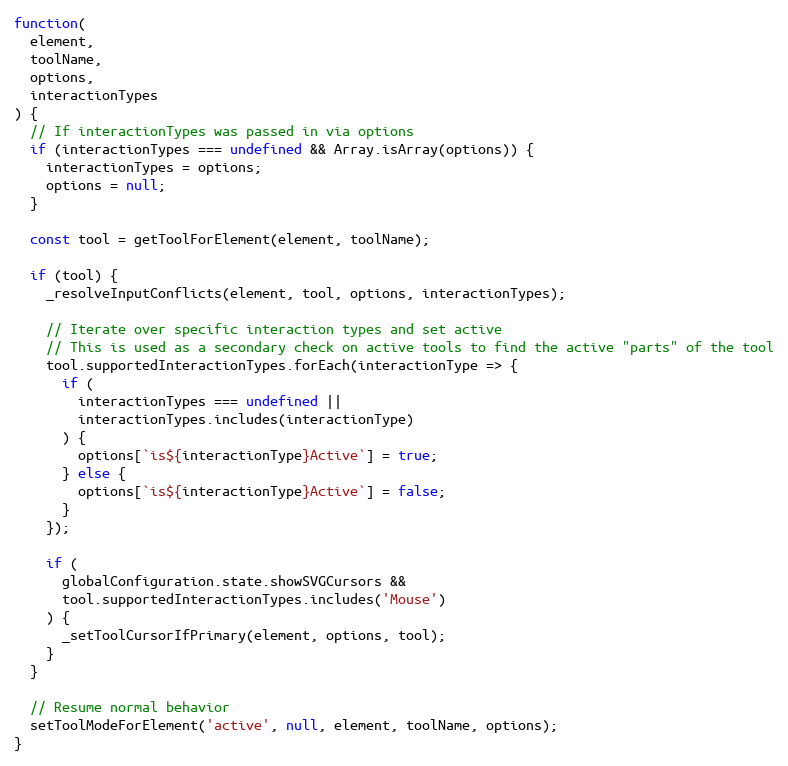
Language: JavaScript
function(
  element,
  toolName,
  options,
  interactionTypes
) {
  // If interactionTypes was passed in via options
  if (interactionTypes === undefined && Array.isArray(options)) {
    interactionTypes = options;
    options = null;
  }

  const tool = getToolForElement(element, toolName);

  if (tool) {
    _resolveInputConflicts(element, tool, options, interactionTypes);

    // Iterate over specific interaction types and set active
    // This is used as a secondary check on active tools to find the active "parts" of the tool
    tool.supportedInteractionTypes.forEach(interactionType => {
      if (
        interactionTypes === undefined ||
        interactionTypes.includes(interactionType)
      ) {
        options[`is${interactionType}Active`] = true;
      } else {
        options[`is${interactionType}Active`] = false;
      }
    });

    if (
      globalConfiguration.state.showSVGCursors &&
      tool.supportedInteractionTypes.includes('Mouse')
    ) {
      _setToolCursorIfPrimary(element, options, tool);
    }
  }

  // Resume normal behavior
  setToolModeForElement('active', null, element, toolName, options);
}